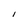
Character: I